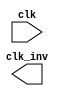
// This program was cloned from: https://github.com/intel/aib-phy-hardware
// License: Apache License 2.0

// SPDX-License-Identifier: Apache-2.0
// Copyright (C) 2019 Intel Corporation. All rights reserved
//-----------------------------------------------------------------------------
//  Clock inverter macro
//-----------------------------------------------------------------------------

module altr_hps_ckinv (
  clk,
  clk_inv
);

// -------------------
// Port declarations
// -------------------

input clk;
output clk_inv;

// -----
// RTL
// -----

`ifdef ALTR_HPS_INTEL_MACROS_OFF
assign clk_inv = !clk;

`else



`endif

endmodule